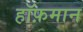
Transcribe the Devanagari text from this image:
हॉफ़मान